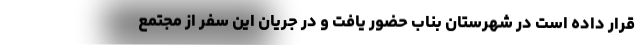
قرار داده است در شهرستان بناب حضور يافت و در جريان اين سفر از مجتمع